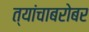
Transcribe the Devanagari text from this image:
त्यांचाबरोबर